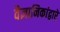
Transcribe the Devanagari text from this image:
वैज्ञानिकांद्वारे